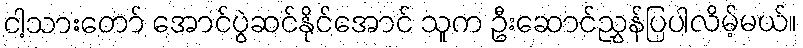
ငါ့သားတော် အောင်ပွဲဆင်နိုင်အောင် သူက ဦးဆောင်ညွှန်ပြပါလိမ့်မယ်။